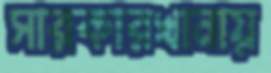
সারকারখানায়